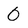
Character: 0